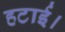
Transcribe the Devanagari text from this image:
हटाई।